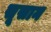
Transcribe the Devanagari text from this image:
सूसान